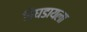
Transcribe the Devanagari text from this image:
बिघडायला